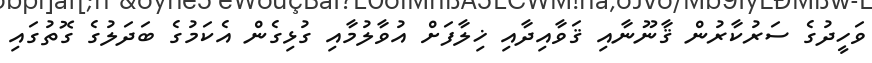
ވަހީދުގެ ސަރުކާރުން ޤާނޫނާއި ޤަވާއިދާއި ޚިލާފަށް އުވާލުމާއި ގުޅިގެން އެކަމުގެ ބަދަލުގެ ގޮތުގައި